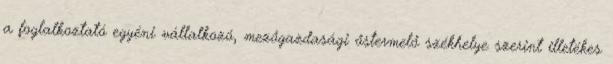
a foglalkoztató egyéni vállalkozó, mezőgazdasági őstermelő székhelye szerint illetékes